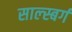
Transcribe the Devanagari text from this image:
साल्स्बर्ग